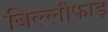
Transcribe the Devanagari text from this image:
बिल्लीफाड़